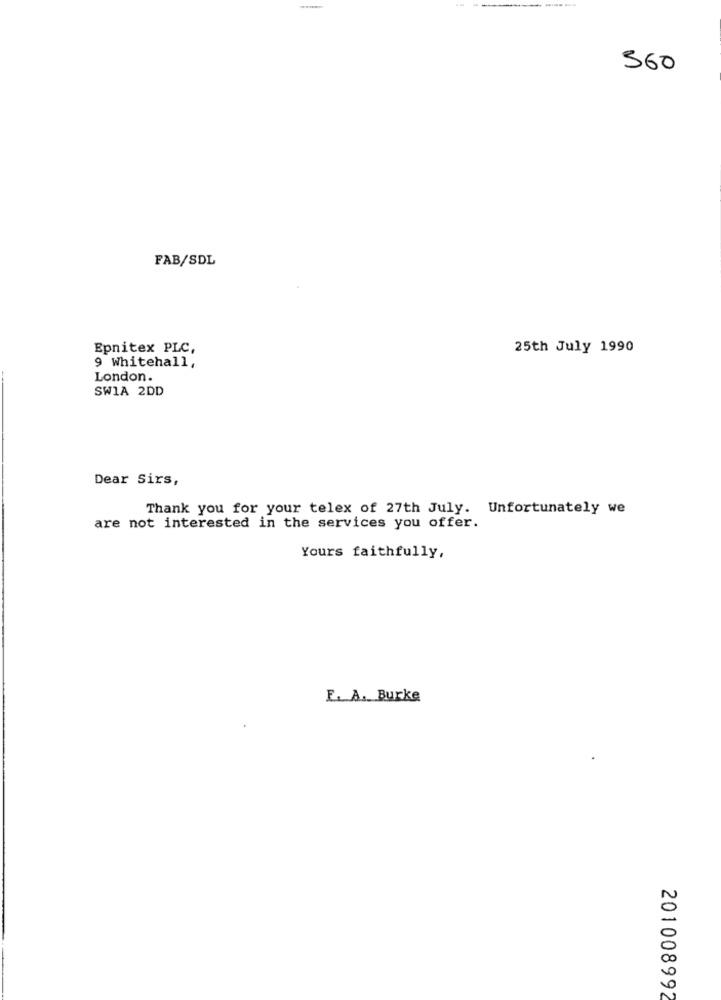
----
560
FAB/SDL
Epnitex PLC,
25th July 1990
9 Whitehall,
London.
SWIA 2DD
Dear Sirs,
Thank you for your telex of 27th July. Unfortunately we
are not interested in the services you offer.
Yours faithfully,
E. A. Burke
201008992